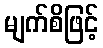
မျက်စိဖြင့်